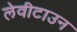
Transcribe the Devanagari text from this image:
लेवीटाउन